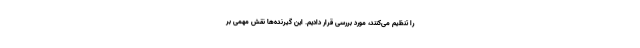
را تنظیم می‌کنند، مورد بررسی قرار دادیم. این گیرنده‌ها نقش مهمی بر